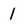
Character: 1